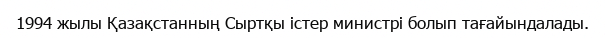
1994 жылы Қазақстанның Сыртқы істер министрі болып тағайындалады.